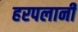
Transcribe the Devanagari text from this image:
हरपलानी